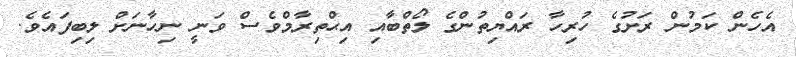
އެހެން ކަމުން ރަށުގެ ހުރިހާ ރައްޔިތުންގެ ލޯތްބާއި އިޙްތިރާމްވެސް ވަނީ ނިހާނަށް ލިބިފައެވެ.